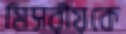
মিসরীয়কে